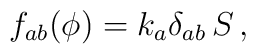
f_{ab} (\phi) = k_a \delta_{ab} \, S \, ,